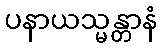
ပနာယသ္မန္တာနံ